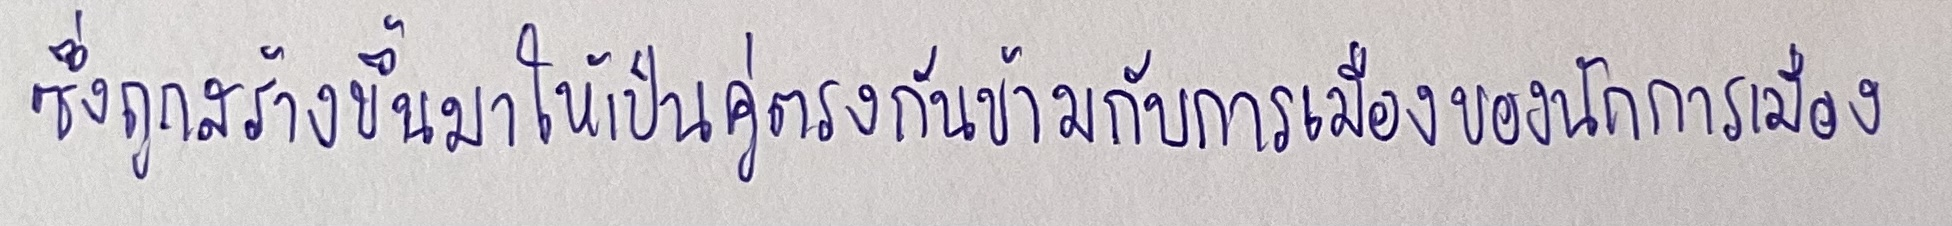
ซึ่งถูกสร้างขึ้นมาให้เป็นคู่ตรงกันข้ามกับการเมืองของนักการเมือง